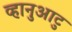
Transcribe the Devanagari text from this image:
व्हानुआटु